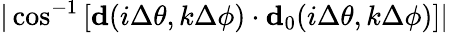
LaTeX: |\cos^{-1}\left[\textbf{d}(i\Delta\theta,k\Delta\phi)\cdot\textbf{d}_{0}(i\Delta\theta,k\Delta\phi)\right]|